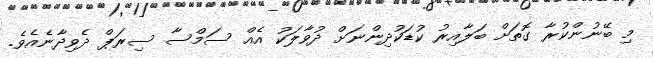
މި ބޭނުންކުރާ ގޮތަށް ބަލާއިރު ކުޑަކުދިންނަށް ދުވާލަކު އެއް ސަމްސާ ސިރަޕް ދެވިދާނެއެވެ.